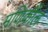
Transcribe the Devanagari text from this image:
मणिकौल